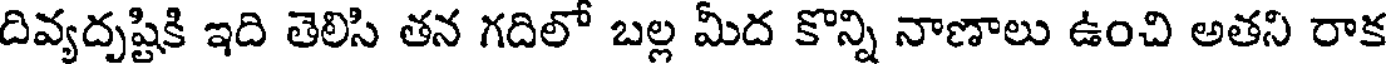
దివ్యదృష్టికి ఇది తెలిసి తన గదిలో బల్ల మీద కొన్ని నాణాలు ఉంచి అతని రాక